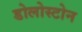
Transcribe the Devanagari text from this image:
डोलोस्टोन